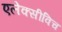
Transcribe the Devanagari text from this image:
एलेक्सीविच